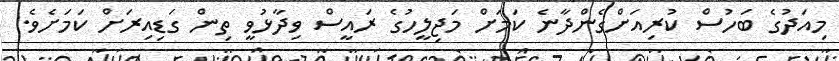
މިއަދުގެ ބަހުސް ކުރިއަށްގެންދާނެ ކަމަށް މަޖިލީހުގެ ރައީސް ވިދާޅުވީ ތިން ގަޑިއިރަށް ކަމަށެވެ.